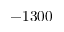
- 1 3 0 0